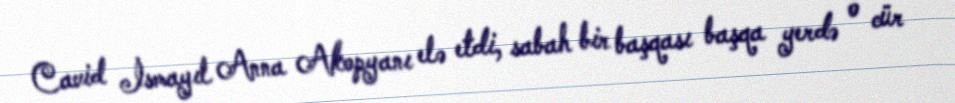
Cavid İsmayıl Anna Akopyanı elə etdi, sabah bir başqası başqa yerdə o cür